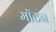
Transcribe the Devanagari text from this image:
मॉटन